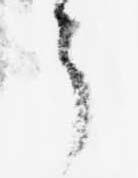
了